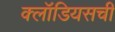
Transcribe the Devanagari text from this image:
क्लॉडियसची